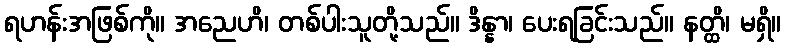
ရဟန်းအဖြစ်ကို။ အညေဟိ၊ တစ်ပါးသူတို့သည်။ ဒိန္နာ၊ ပေးရခြင်းသည်။ နတ္ထိ၊ မရှိ။